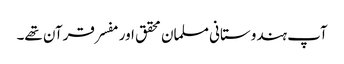
آپ ہندوستانی مسلمان محقق اور مفسر قرآن تھے۔